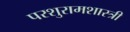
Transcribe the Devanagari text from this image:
परशुरामशास्त्री